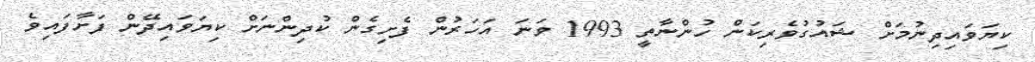
ކިޔަވައިދިނުމަށް ޝައުގުވެރިކަން ހުންނާތީ 1993 ވަނަ އަހަރުން ފެށިގެން ކުދިންނަށް ކިޔަވައިދޭން ފަށާފައިވެ